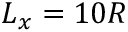
L _ { x } = 1 0 R